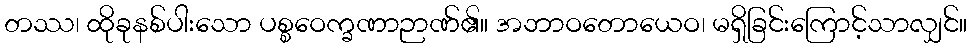
တဿ၊ ထိုခုနစ်ပါးသော ပစ္စဝေက္ခဏာဉာဏ်၏။ အဘာဝတောယေဝ၊ မရှိခြင်းကြောင့်သာလျှင်။